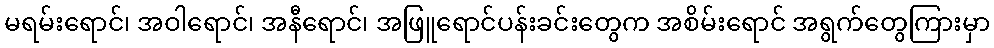
မရမ်းရောင်၊ အဝါရောင်၊ အနီရောင်၊ အဖြူရောင်ပန်းခင်းတွေက အစိမ်းရောင် အရွက်တွေကြားမှာ